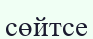
сөйтсе